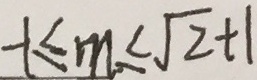
- 1 \leq m \leq \sqrt { 2 } + 1